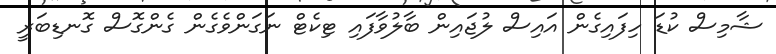
ޝާމިސް ކުޑަ ހިފައިގެން އައިސް ލުޖައިން ބާލުވާފައި ޓިކެޓް ނަގަންވެގެން ގެންގޮސް ގޮނޑިބަރީ